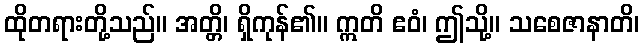
ထိုတရားတို့သည်။ အတ္တိ၊ ရှိကုန်၏။ ဣတိ ဧဝံ၊ ဤသို့။ သစေဇာနာတိ၊